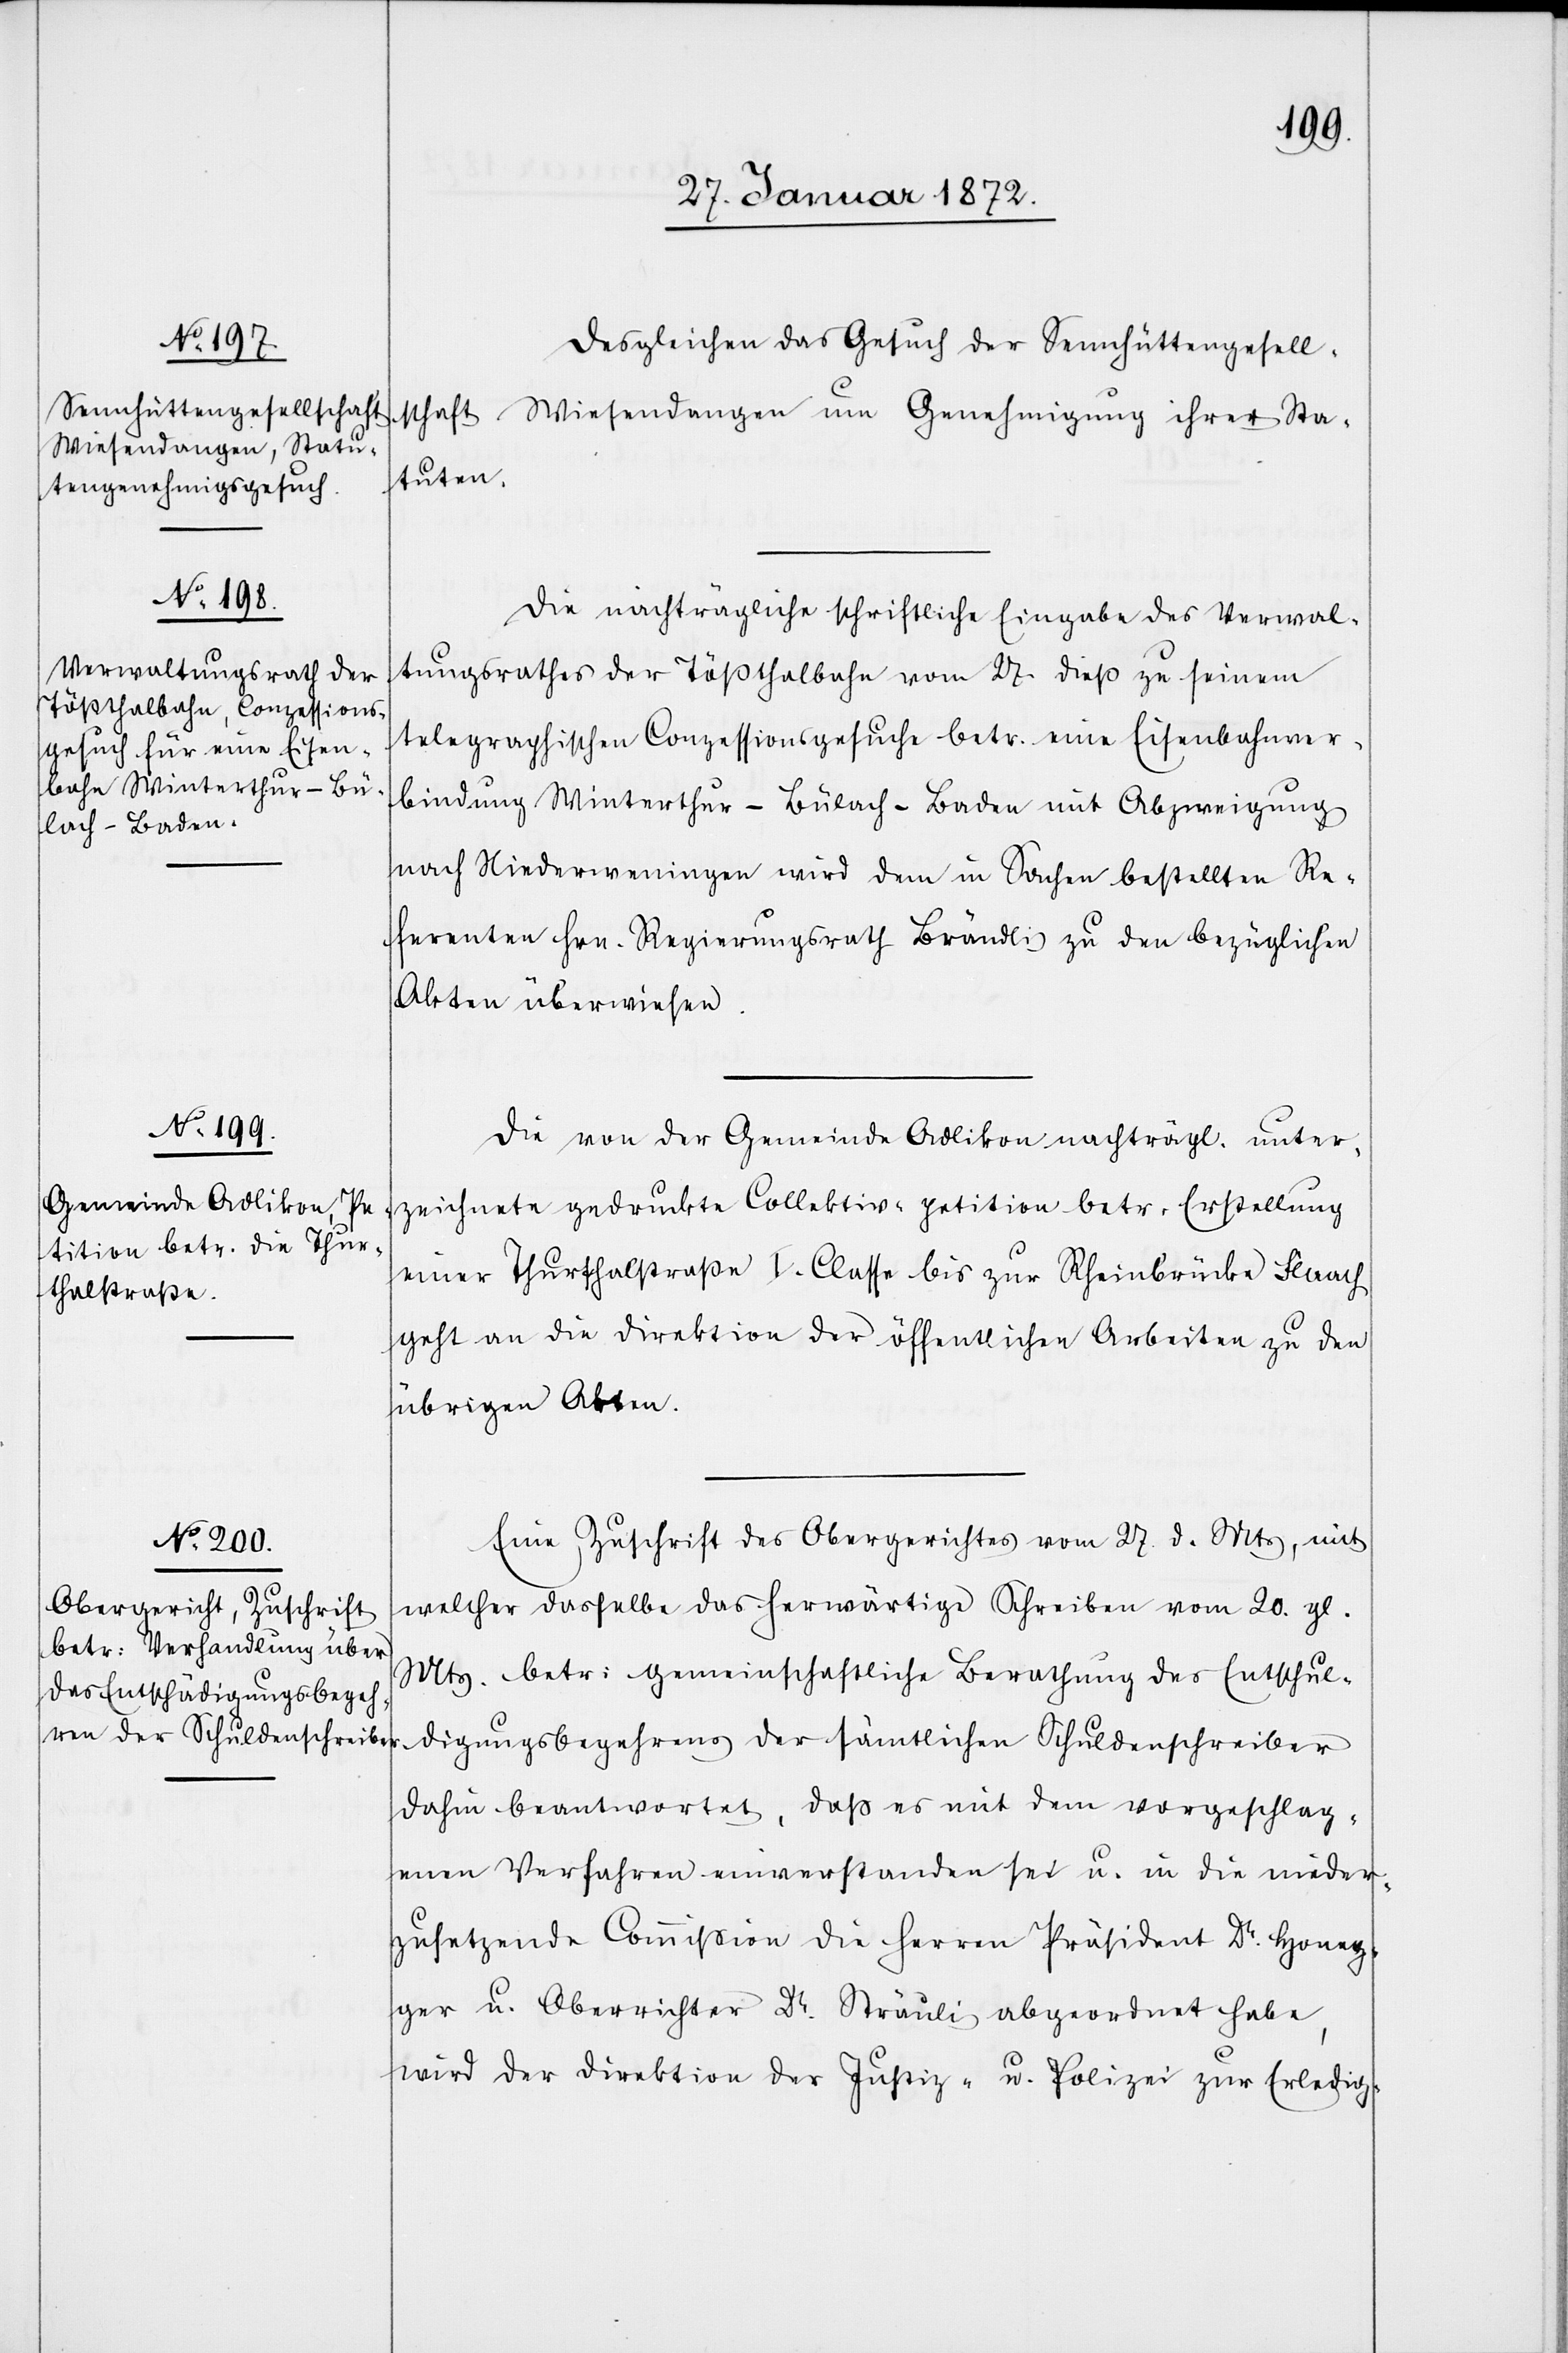
30. Januar 1872.]
Desgleichen das Gesuch der Sennhüttengesell¬
schaft Wiesendangen um Genehmigung ihrer Sta¬
tuten.
Die nachträgliche schriftliche Eingabe des Verwal¬
tungsrathes der Tößthalbahn vom 27 dieß zu seinem
telegraphischen Conzessionsgesuche betr. eine Eisenbahnver¬
bindung Winterthur–Bülach–Baden mit Abzweigung
nach Niederweningen wird dem in Sachen bestellten Re¬
ferenten Hrn. Regierungsrath Brändli zu den bezüglichen
Akten überwiesen.
Die von der Gemeinde Adlikon nachträgl. unter¬
zeichnete gedruckte Collektiv-petition betr. Erstellung
einer Thurthalstraße I. Classe bis zur Rheinbrücke Flaach
geht an die Direktion der öffentlichen Arbeiten zu den
übrigen Akten.
Eine Zuschrift des Obergerichtes vom 27. d. Mts, mit
welcher dasselbe das herwärtige Schreiben vom 20. gl.
Mts. betr. gemeinschaftliche Berathung des Entschul¬
digungsbegehrens der sämtlichen Schuldenschreiber
dahin beantwortet, daß es mit dem vorgeschlag¬
enen Verfahren einverstanden sei u. in die nieder¬
zusetzende Commission die Herren Präsident Dr. Honeg¬
ger u. Oberrichter Dr. Sträuli abgeordnet habe,
wird der Direktion der Justiz- u. Polizei zur Erledig-